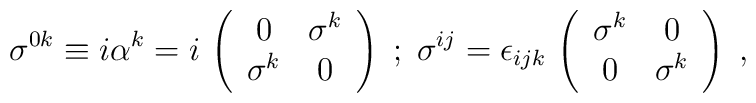
\sigma^{0 k} \equiv i \alpha^{k} = i \,\left( \begin{array}{cc} 0 & \sigma^k \\ \sigma^k & 0 \end{array} \right)\; ; \; \sigma^{i j} = \epsilon_{ijk} \,\left( \begin{array}{cc} \sigma^k & 0 \\ 0 & \sigma^k \end{array} \right) \; ,